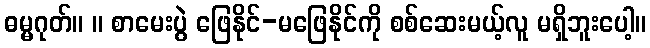
ဓမ္မဂုတ်။ ။ စာမေးပွဲ ဖြေနိုင်-မဖြေနိုင်ကို စစ်ဆေးမယ့်လူ မရှိဘူးပေါ့။